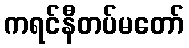
ကရင်နီတပ်မတော်